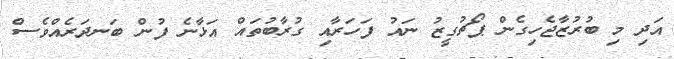
އަދި މި ބުރުޒާޖެހިގެން ޕޯޗުގީޒު ނައު ފަހަރާއި ގުރާބުތައް އަޅާނެ ފުން ބަނދަރެއްވެސް